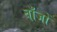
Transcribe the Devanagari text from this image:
बाँजों